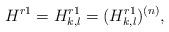
LaTeX: \begin{align*}H^{r1}=H^{r1}_{k,l}=(H^{r1}_{k,l})^{(n)},\end{align*}